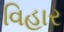
વિહાર